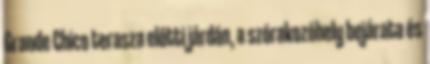
Grande Chico terasza előtti járdán, a szórakozóhely bejárata és